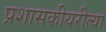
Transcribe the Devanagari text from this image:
प्रशासकीयरीत्या